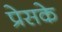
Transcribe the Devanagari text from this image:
प्रेसके